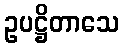
ဥပဋ္ဌိတာသေ